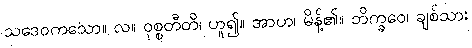
သဒေဝကသော။ လ။ ဝုစ္စတီတိ၊ ဟူ၍။ အာဟ၊ မိန့်၏။ ဘိက္ခဝေ၊ ချစ်သား